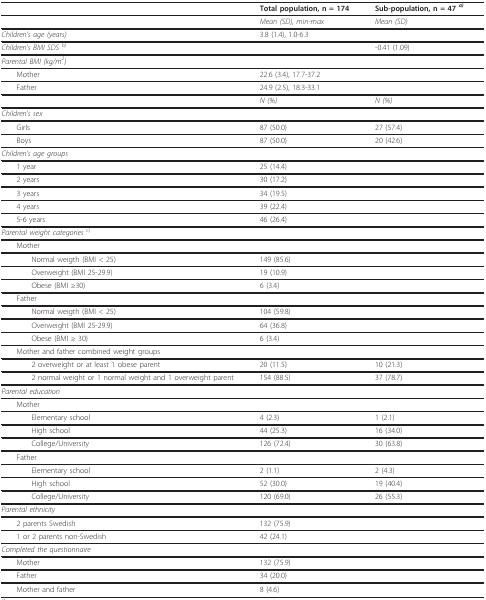
<table><thead><tr><td></td><td><b>Total population, n = 174</b></td><td><b>Sub-population, n = 47 <sup><i>a)</i></sup></b></td></tr></thead><tbody><tr><td></td><td><i>Mean (SD), min-max</i></td><td><i>Mean (SD)</i></td></tr><tr><td><i>Children&#x27;s age (years)</i></td><td>3.8 (1.4), 1.0-6.3</td><td></td></tr><tr><td><i>Children&#x27;s BMI SDS</i><sup><i> b)</i></sup></td><td></td><td>-0.41 (1.09)</td></tr><tr><td><i>Parental BMI (kg/m<sup>2</sup>)</i></td><td></td><td></td></tr><tr><td> Mother</td><td>22.6 (3.4), 17.7-37.2</td><td></td></tr><tr><td> Father</td><td>24.9 (2.5), 18.3-33.1</td><td></td></tr><tr><td></td><td><i>N (%)</i></td><td><i>N (%)</i></td></tr><tr><td><i>Children&#x27;s sex</i></td><td></td><td></td></tr><tr><td> Girls</td><td>87 (50.0)</td><td>27 (57.4)</td></tr><tr><td> Boys</td><td>87 (50.0)</td><td>20 (42.6)</td></tr><tr><td><i>Children&#x27;s age groups</i></td><td></td><td></td></tr><tr><td> 1 year</td><td>25 (14.4)</td><td></td></tr><tr><td> 2 years</td><td>30 (17.2)</td><td></td></tr><tr><td> 3 years</td><td>34 (19.5)</td><td></td></tr><tr><td> 4 years</td><td>39 (22.4)</td><td></td></tr><tr><td> 5-6 years</td><td>46 (26.4)</td><td></td></tr><tr><td><i>Parental weight categories </i><sup>c)</sup></td><td></td><td></td></tr><tr><td> Mother</td><td></td><td></td></tr><tr><td>Normal weigth (BMI &lt; 25)</td><td>149 (85.6)</td><td></td></tr><tr><td>Overweight (BMI 25-29.9)</td><td>19 (10.9)</td><td></td></tr><tr><td>Obese (BMI ≥30)</td><td>6 (3.4)</td><td></td></tr><tr><td> Father</td><td></td><td></td></tr><tr><td>Normal weigth (BMI &lt; 25)</td><td>104 (59.8)</td><td></td></tr><tr><td>Overweight (BMI 25-29.9)</td><td>64 (36.8)</td><td></td></tr><tr><td>Obese (BMI ≥ 30)</td><td>6 (3.4)</td><td></td></tr><tr><td> Mother and father combined weight groups</td><td></td><td></td></tr><tr><td>2 overweight or at least 1 obese parent</td><td>20 (11.5)</td><td>10 (21.3)</td></tr><tr><td>2 normal weight or 1 normal weight and 1 overweight parent</td><td>154 (88.5)</td><td>37 (78.7)</td></tr><tr><td><i>Parental education</i></td><td></td><td></td></tr><tr><td> Mother</td><td></td><td></td></tr><tr><td>Elementary school</td><td>4 (2.3)</td><td>1 (2.1)</td></tr><tr><td>High school</td><td>44 (25.3)</td><td>16 (34.0)</td></tr><tr><td>College/University</td><td>126 (72.4)</td><td>30 (63.8)</td></tr><tr><td> Father</td><td></td><td></td></tr><tr><td>Elementary school</td><td>2 (1.1)</td><td>2 (4.3)</td></tr><tr><td>High school</td><td>52 (30.0)</td><td>19 (40.4)</td></tr><tr><td>College/University</td><td>120 (69.0)</td><td>26 (55.3)</td></tr><tr><td><i>Parental ethnicity</i></td><td></td><td></td></tr><tr><td> 2 parents Swedish</td><td>132 (75.9)</td><td></td></tr><tr><td> 1 or 2 parents non-Swedish</td><td>42 (24.1)</td><td></td></tr><tr><td><i>Completed the questionnaire</i></td><td></td><td></td></tr><tr><td> Mother</td><td>132 (75.9)</td><td></td></tr><tr><td> Father</td><td>34 (20.0)</td><td></td></tr><tr><td> Mother and father</td><td>8 (4.6)</td><td></td></tr></tbody></table>